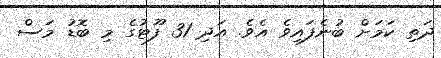
ދަތި ކަމަށް ބުނެފައިވެ އެވެ. އަދި 31 ފޫޓުގެ މި ބޮޑު މަސް